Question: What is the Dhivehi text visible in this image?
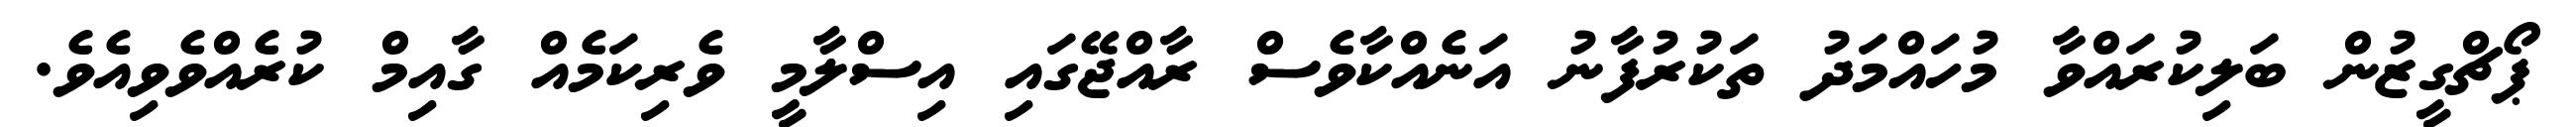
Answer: ޕޯޗްގީޒުން ބަލިކުރައްވާ މުހައްމަދު ތަކުރުފާނު އަނެއްކާވެސް ރާއްޖޭގައި އިސްލާމީ ވެރިކަމެއް ގާއިމް ކުރެއްވެވިއެވެ.